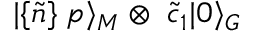
| \{ \tilde { n } \} \; p \rangle _ { M } \otimes \; \tilde { c } _ { 1 } | 0 \rangle _ { G }